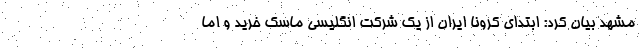
مشهد بیان کرد: ابتدای کرونا ایران از یک شرکت انگلیسی ماسک خرید و اما